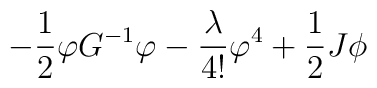
-\frac{1}{2}\varphi G^{-1} \varphi-\frac{\lambda}{4!}\varphi^4+\frac{1}{2}J\phi